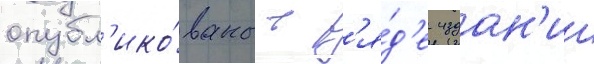
опубл'ико́ваны в р'я́д'е издан'ии